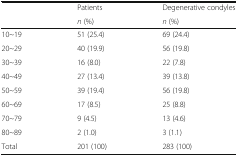
<table><thead><tr><td rowspan="2"></td><td><b>Patients</b></td><td><b>Degenerative condyles</b></td></tr><tr><td><b><i>n</i> (%)</b></td><td><b><i>n</i> (%)</b></td></tr></thead><tbody><tr><td>10~19</td><td>51 (25.4)</td><td>69 (24.4)</td></tr><tr><td>20~29</td><td>40 (19.9)</td><td>56 (19.8)</td></tr><tr><td>30~39</td><td>16 (8.0)</td><td>22 (7.8)</td></tr><tr><td>40~49</td><td>27 (13.4)</td><td>39 (13.8)</td></tr><tr><td>50~59</td><td>39 (19.4)</td><td>56 (19.8)</td></tr><tr><td>60~69</td><td>17 (8.5)</td><td>25 (8.8)</td></tr><tr><td>70~79</td><td>9 (4.5)</td><td>13 (4.6)</td></tr><tr><td>80~89</td><td>2 (1.0)</td><td>3 (1.1)</td></tr><tr><td>Total</td><td>201 (100)</td><td>283 (100)</td></tr></tbody></table>